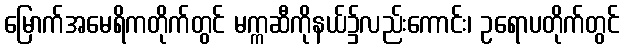
မြောက်အမေရိကတိုက်တွင် မက္ကဆီကိုနယ်၌လည်းကောင်း၊ ဥရောပတိုက်တွင်